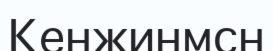
Кенжинмсн